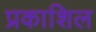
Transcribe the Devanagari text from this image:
प्रकाशिल